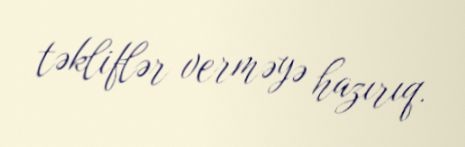
təkliflər verməyə hazırıq.